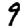
Digit: 9